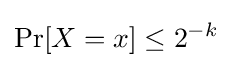
\Pr[X=x]\leq 2^{-k}